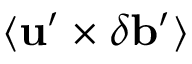
\langle { { \bf { u } } ^ { \prime } \times \delta { \bf { b } } ^ { \prime } } \rangle